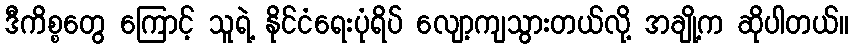
ဒီကိစ္စတွေ ကြောင့် သူရဲ့ နိုင်ငံရေးပုံရိပ် လျော့ကျသွားတယ်လို့ အချို့က ဆိုပါတယ်။